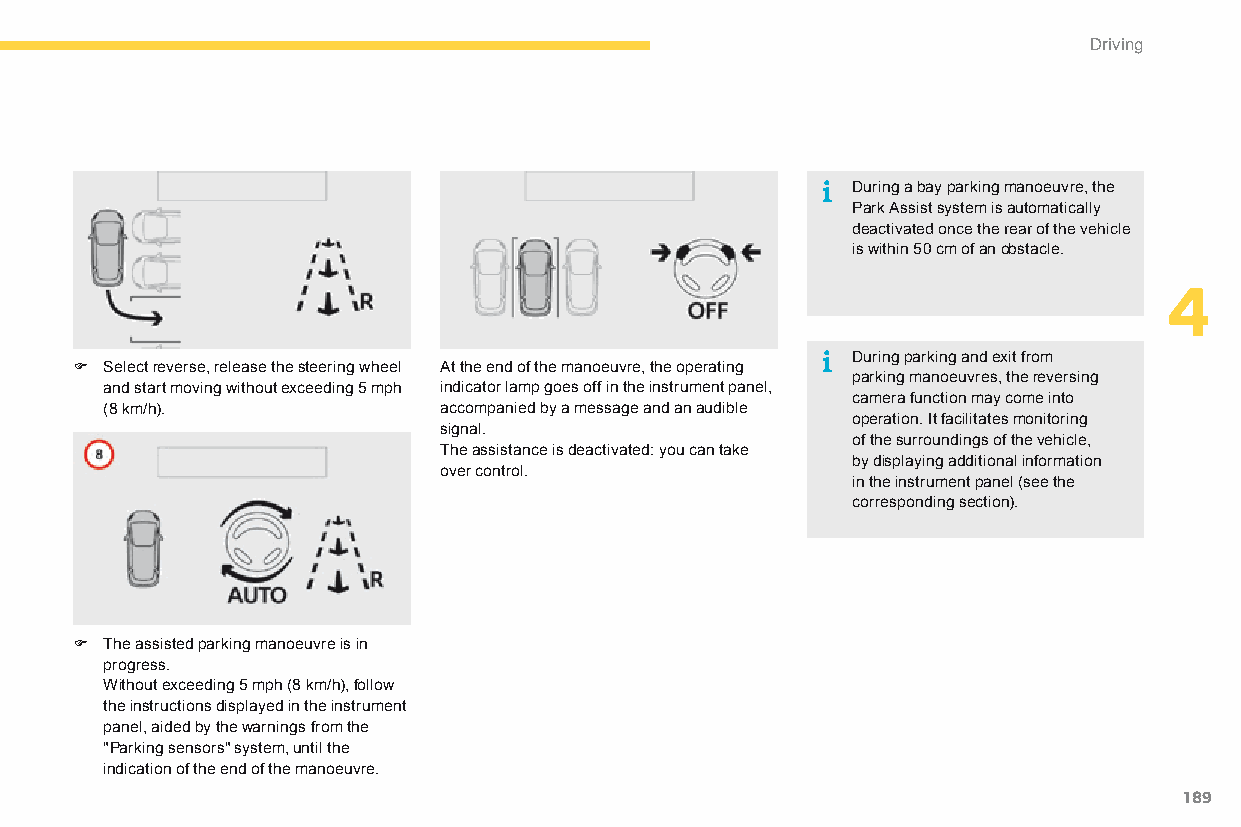
Driving
 During a bay parking manoeuvre, the
 Park Assist system is automatically
 deactivated once the rear of the vehicle
 is within 50 cm of an obstacle.
 4
 During parking and exit from
 F Select reverse, release the steering wheel At the end of the manoeuvre, the operating
 parking manoeuvres, the reversing
 and start moving without exceeding 5 mph indicator lamp goes off in the instrument panel,
 camera function may come into
 (8 km/h).             accompanied by a message and an audible
 operation. It facilitates monitoring
 signal.
 of the surroundings of the vehicle,
 The assistance is deactivated: you can take
 by displaying additional information
 over control.
 in the instrument panel (see the
 corresponding section).
 F The assisted parking manoeuvre is in
 progress.
 Without exceeding 5 mph (8 km/h), follow
 the instructions displayed in the instrument
 panel, aided by the warnings from the
 "Parking sensors" system, until the
 indication of the end of the manoeuvre.
 189
 C4-Picasso-II_en_Chap04_conduite_ed01-2015